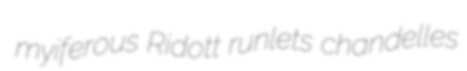
myiferous Ridott runlets chandelles